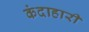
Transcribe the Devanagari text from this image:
कंदाहारी